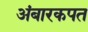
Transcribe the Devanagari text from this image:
अंबारकपत